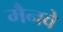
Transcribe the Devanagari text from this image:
मैनवे